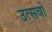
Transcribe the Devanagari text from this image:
उत्सवो